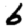
Digit: 6